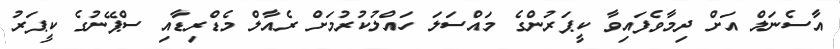
އާސެނަލް އަށް ދިމާވެފައިވާ ކީޕަރުންގެ މައްސަލަ ހައްލުކުރުމަށް ރެއާލް މެޑްރިޑާއި ސްޕޭނުގެ ކީޕަރު